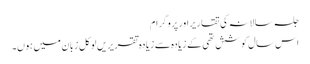
جلسہ سالانہ کی تقاریراور پروگرام
اس سال کوشش تھی کے زیادہ سے زیادہ تقریریں لوکل زبان میں ہوں۔